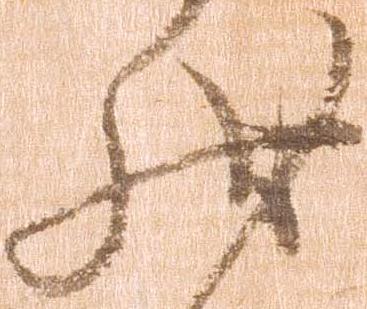
状